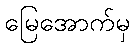
မြေအောက်မှ